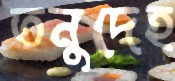
তনুদেহ